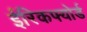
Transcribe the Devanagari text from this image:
ईरिकफ्योर्ड